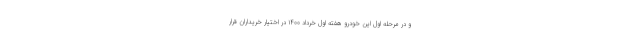
و در مرحله اول این خودرو هفته اول خرداد ۱۴۰۰ در اختیار خریداران قرار